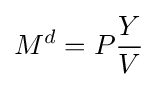
M^{d}=P{\frac {Y}{V}}